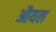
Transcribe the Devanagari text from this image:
औयल